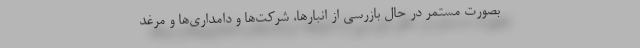
بصورت مستمر در حال بازرسی از انبارها، شرکت‌ها و دامداری‌ها و مرغد